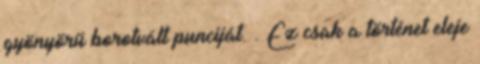
gyönyörű borotvált punciját. . Ez csak a történet eleje